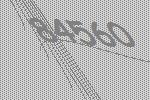
84560